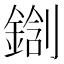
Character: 𰽀